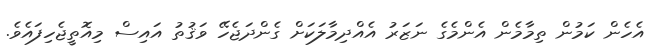
އެހެން ކަމުން ތިމާމެން އެންމެގެ ނަޒަރު އެއްދިމާލަކަށް ގެންދަޖެހޭ ވަޤުތު އައިސް މިއޮތީޖެހިފައެވެ.